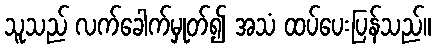
သူသည် လက်ခေါက်မှုတ်၍ အသံ ထပ်ပေးပြန်သည်။